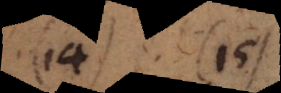
(14) (15)